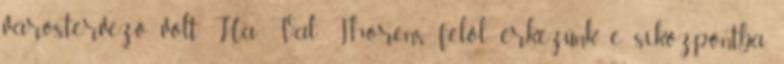
várostervező volt. Ha Val Thorens felől érkezünk e síközpontba,